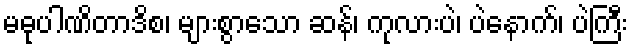
မဓုပါဏိတာဒိစ၊ များစွာသော ဆန်၊ ကုလားပဲ၊ ပဲနောက်၊ ပဲကြီး